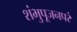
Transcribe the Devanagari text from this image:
शंभुपूजनपरं